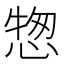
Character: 𢝰